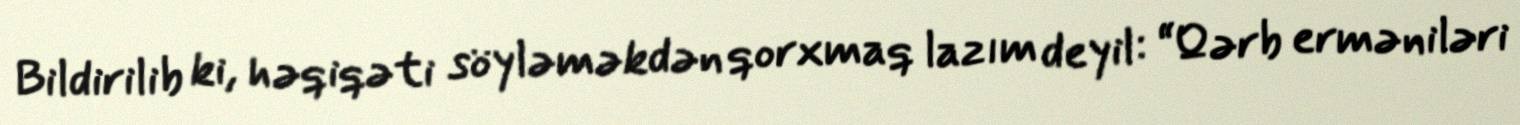
Bildirilib ki, həqiqəti söyləməkdən qorxmaq lazım deyil: “Qərb erməniləri